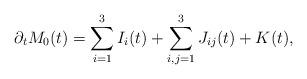
LaTeX: \begin{align*}\partial_tM_0(t)=\sum_{i=1}^3I_{i}(t)+\sum_{i,j=1}^3J_{ij}(t)+K(t),\end{align*}